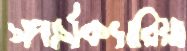
সপার্সক্যারিয়া